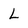
Character: L